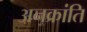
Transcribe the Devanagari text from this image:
अनक्रांति